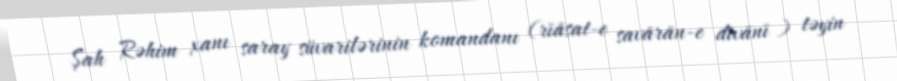
Şah Rəhim xanı saray süvarilərinin komandanı (rīāsat-e savārān-e dīvānī ) təyin